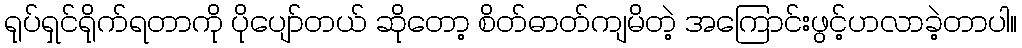
ရုပ်ရှင်ရိုက်ရတာကို ပိုပျော်တယ် ဆိုတော့ စိတ်ဓာတ်ကျမိတဲ့ အကြောင်းဖွင့်ဟလာခဲ့တာပါ။